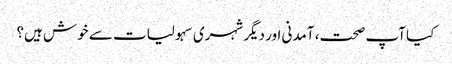
کیا آپ صحت، آمدنی اور دیگر شہری سہولیات سے خوش ہیں؟